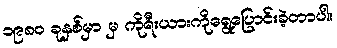
၁၉၈၀ ခုနှစ်မှာ မှ ကိုရီးယားကိုရွေ့ပြောင်းခဲ့တာပါ။